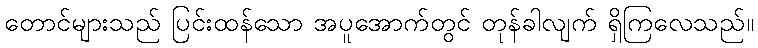
တောင်များသည် ပြင်းထန်သော အပူအောက်တွင် တုန်ခါလျက် ရှိကြလေသည်။